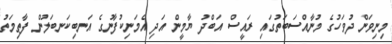
މިނިވަން ދުވަހުގެ މުނާއްސަބަތުގައި ރައީސް އަބްދު ޔާމީން އަދި އެމަނިކުފާނުގެ އަނބިކަނބަލުން ފާތިމަތު